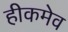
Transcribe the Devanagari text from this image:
हीकमेव